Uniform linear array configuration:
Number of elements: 48
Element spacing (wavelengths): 0.75
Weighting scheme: blackman
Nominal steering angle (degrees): -15
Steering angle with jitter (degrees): -13.035
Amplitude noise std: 0.05
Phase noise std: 0.05

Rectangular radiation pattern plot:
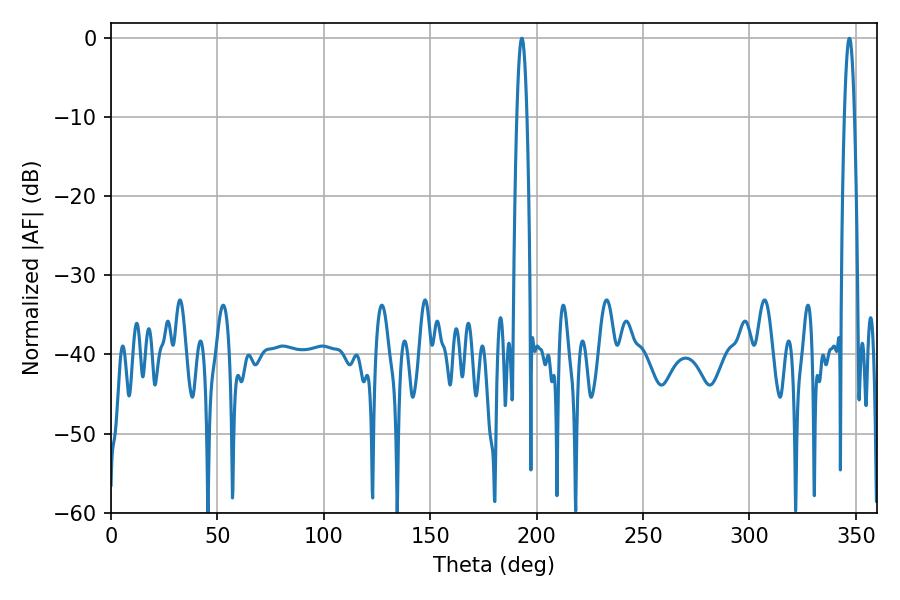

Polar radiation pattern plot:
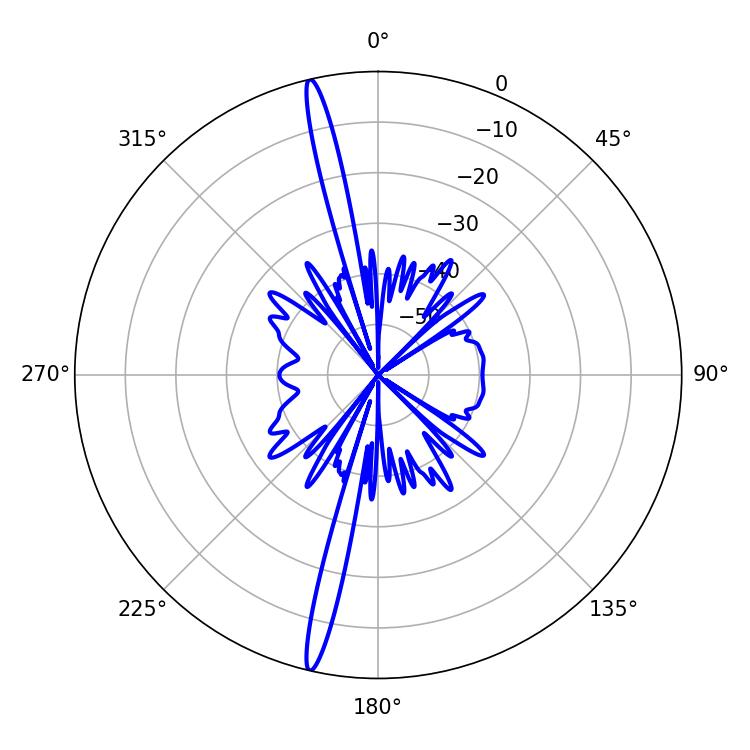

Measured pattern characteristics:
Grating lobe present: TRUE
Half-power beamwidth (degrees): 2.7
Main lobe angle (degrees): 192.96